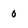
Character: 0